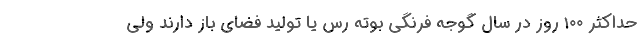
حداکثر ۱۰۰ روز در سال گوجه فرنگی بوته رس یا تولید فضای باز دارند ولی